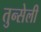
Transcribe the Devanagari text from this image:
तुन्सेली